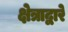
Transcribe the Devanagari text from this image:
क्षेत्राद्वारे